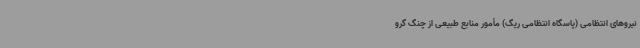
نیروهای انتظامی (پاسگاه انتظامی ریگ) مأمور منابع طبیعی از چنگ گرو